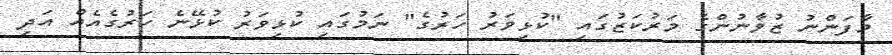
މާފަންނު ޒުވާނުންގެ މަރުކަޒުގައި "ކުޅިވަރު ހަރުގެ" ނަމުގައި ކުޅިވަރު ކުޅޭނެ ހަރުގެއެއް އަދި